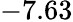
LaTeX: -7.63